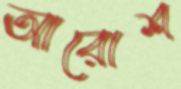
আরোশ